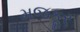
મજકૂર